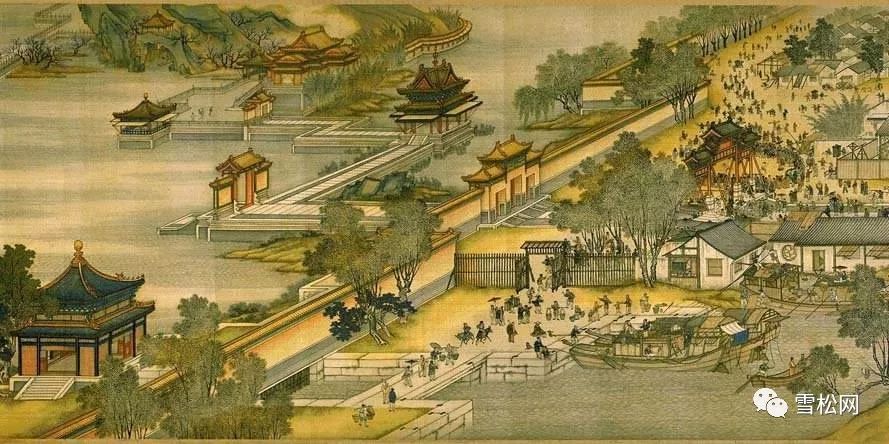
千步虹桥，参差雁齿，直趋水殿。